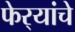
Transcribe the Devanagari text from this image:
फेर्‍यांचे